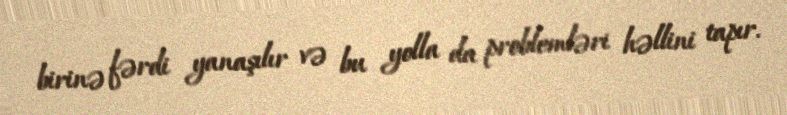
birinə fərdi yanaşılır və bu yolla da problemləri həllini tapır.